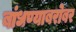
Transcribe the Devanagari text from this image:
बांधण्याबरोबर